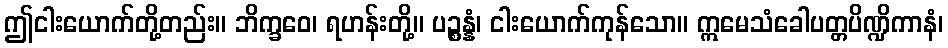
ဤငါးယောက်တို့တည်း။ ဘိက္ခဝေ၊ ရဟန်းတို့။ ပဉ္စန္နံ၊ ငါးယောက်ကုန်သော။ ဣမေသံခေါပတ္တပိဏ္ဍိကာနံ၊